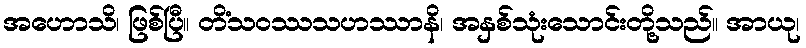
အဟောသိ၊ ဖြစ်ပြီ။ တိံသဝဿသဟဿာနိ၊ အနှစ်သုံးသောင်းတို့သည်။ အာယု၊